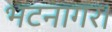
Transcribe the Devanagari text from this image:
भटनागर।